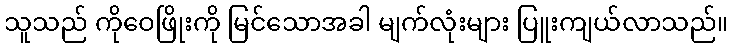
သူသည် ကိုဝေဖြိုးကို မြင်သောအခါ မျက်လုံးများ ပြူးကျယ်လာသည်။